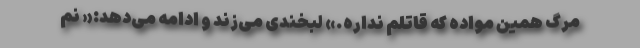
مرگ همین مواده که قاتلم نداره.» لبخندی می‌زند و ادامه می‌دهد:« نم